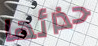
حذائها